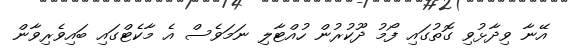
އޭނާ ވިދާޅުވި ގޮތުގައި ފޯމު ދޫކުރުން ހުއްޓާލި ނަމަވެސް އެ މާކެޓްގައި ބައިވެރިވާން